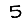
Digit: 5